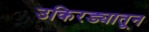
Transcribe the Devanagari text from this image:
उकिरड्यातून